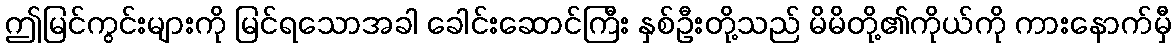
ဤမြင်ကွင်းများကို မြင်ရသောအခါ ခေါင်းဆောင်ကြီး နှစ်ဦးတို့သည် မိမိတို့၏ကိုယ်ကို ကားနောက်မှီ